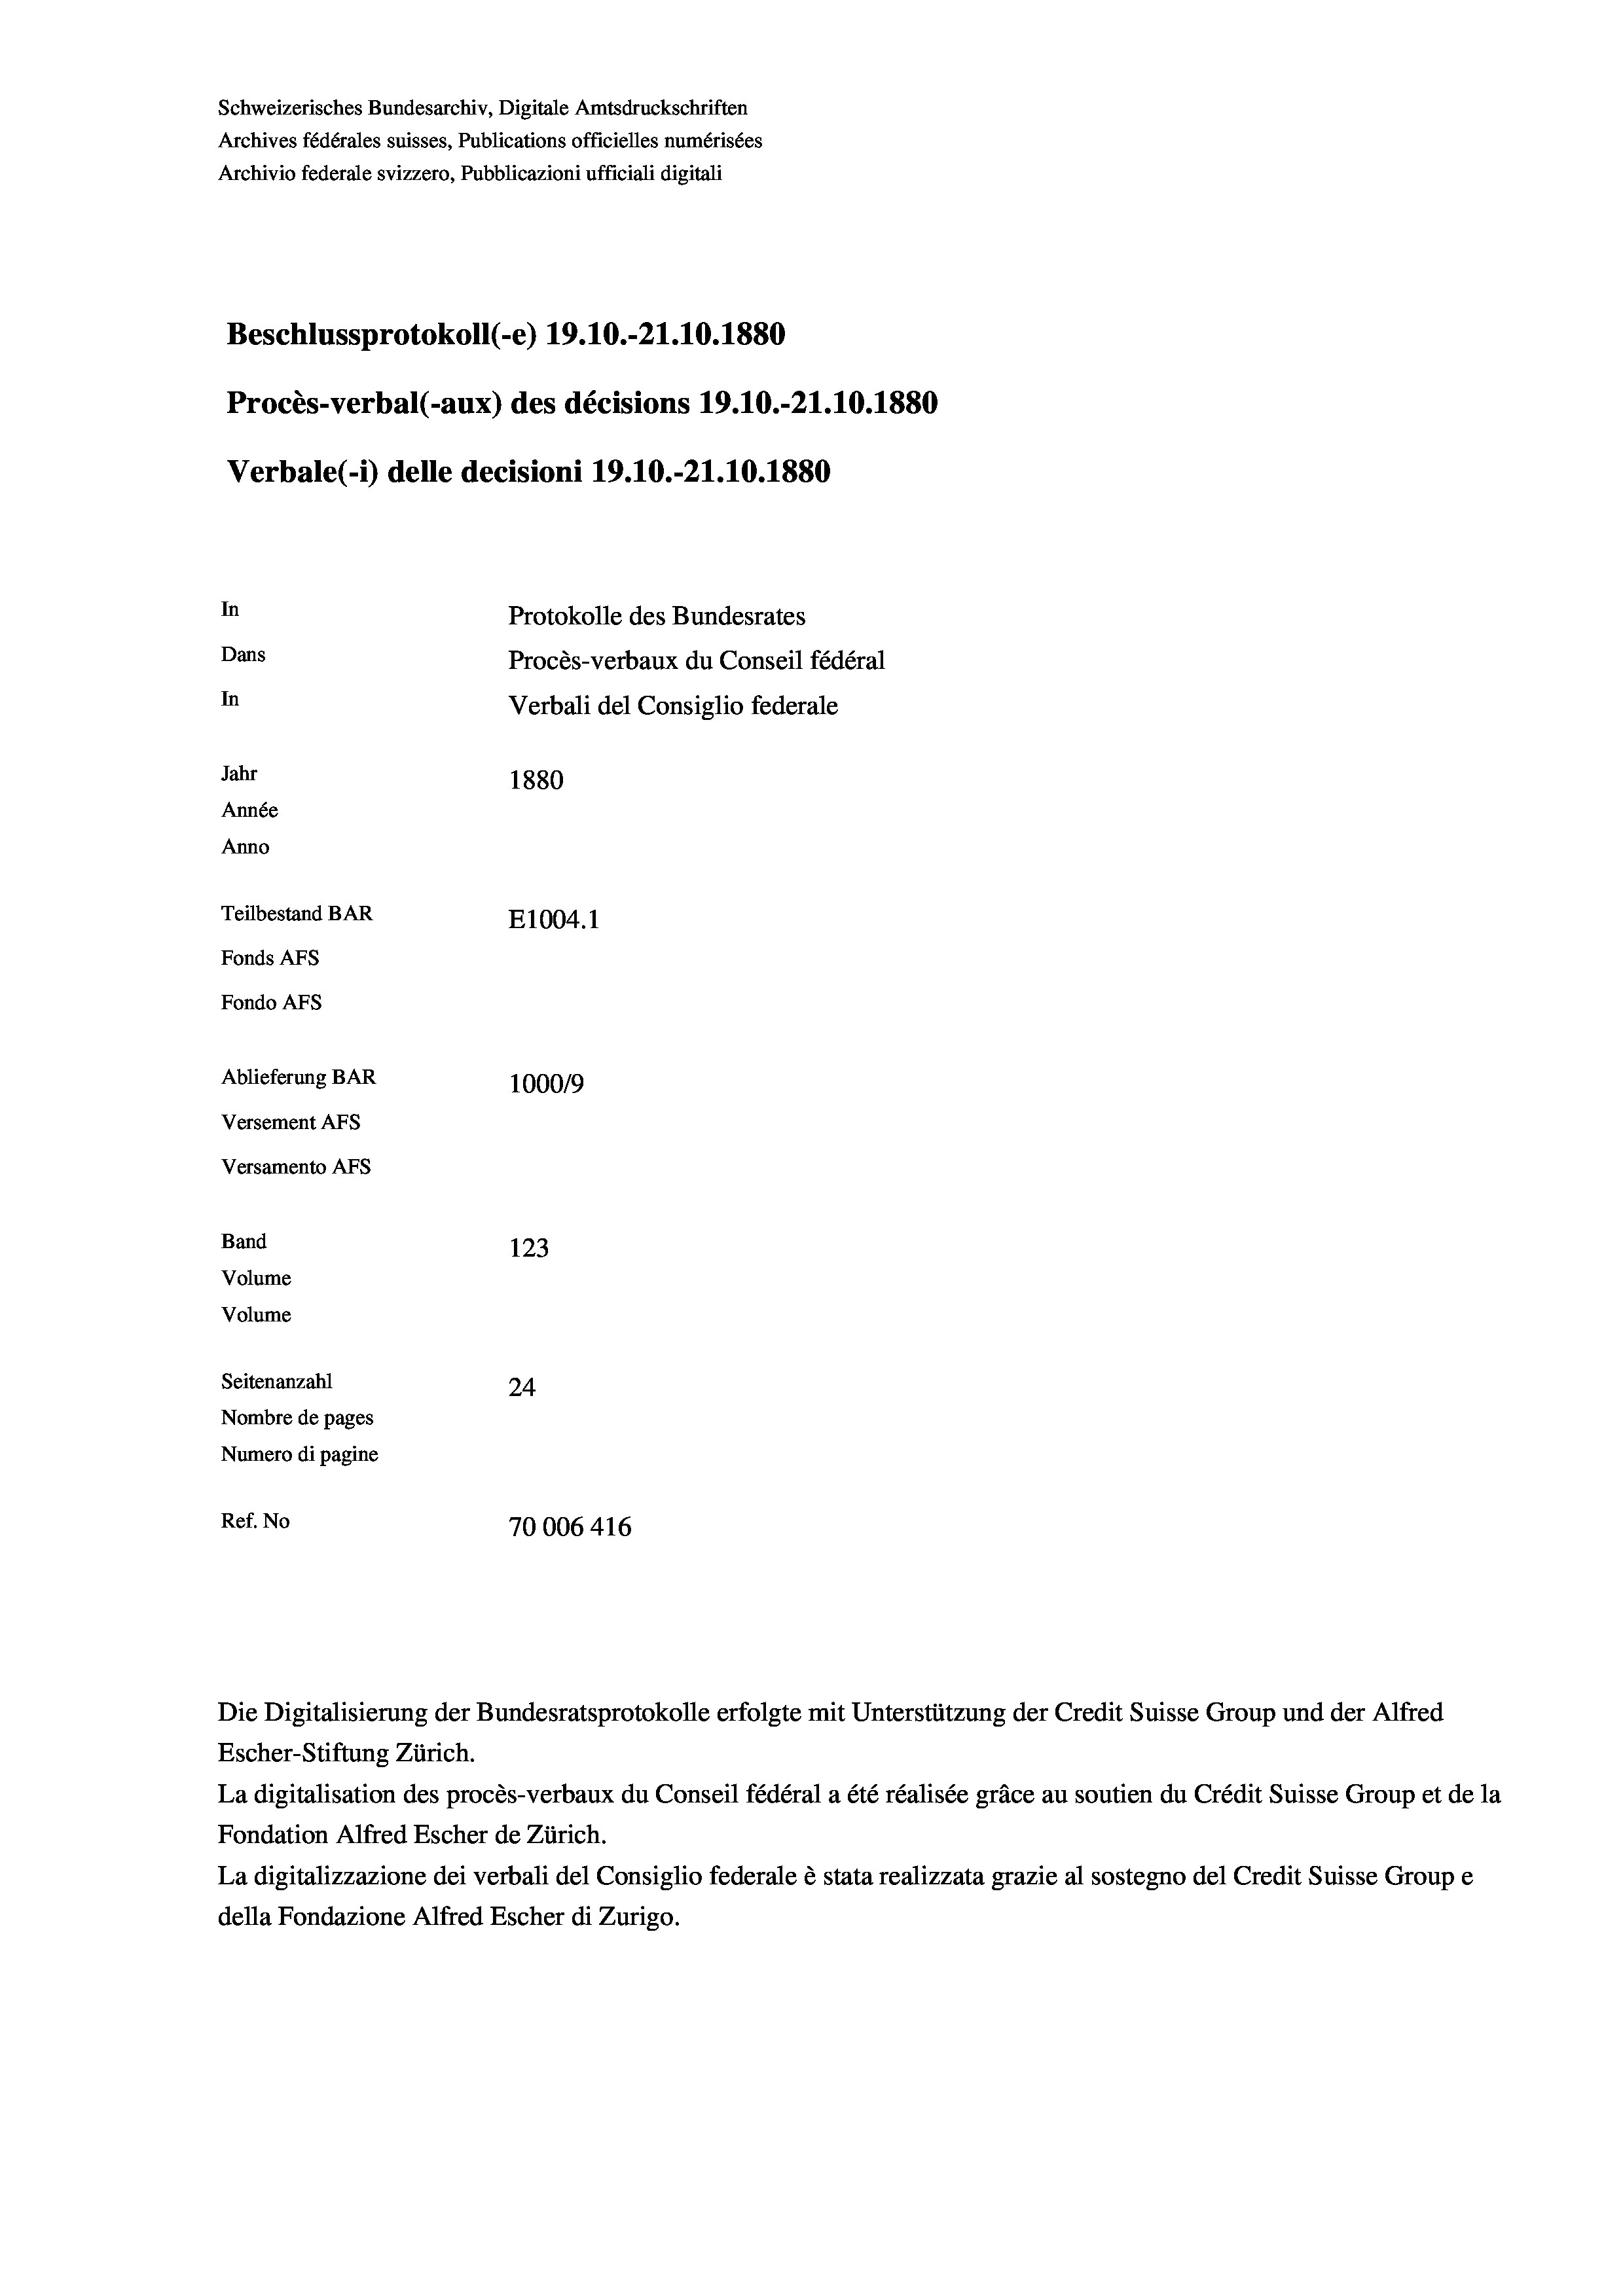
Schweizerisches Bundesarchiv, Digitale Amtsdruckschriften
Archives fédérales suisses, Publications officielles numérisées
Archivio federale svizzero, Pubblicazioni ufficiali digitali
Beschlussprotokoll (-e) 19.10.-21.10.1880
Procès-verbal (-aux) des décisions 19.10.-21.10.1880
Verbale(-*) delle decisioni 19.10.-21.10.1880
In
Protokolle des Bundesrates
Dans
Procès-verbaux du Conseil fédéral
In
Verbali del Consiglio federale
Jahr
1880
Année
Anno
Teilbestand BAR
E1004. 1
Fonds AFs
Fondo AFs
Ablieferung BAR
1000/9
Versement AFs
Versamento Afs
Band
123
Volume
Volume
Seitenanzahl
24
Nombre de pages
Numero di pagine
Ref. No
70006 416

Die Digitalisierung der Bundesratsprotokolle erfolgte mit Unterstützung der Credit Suisse Group und der Alfred
Escher-Stiftung Zürich.
La digitalisation des procès-verbaux du Conseil fédéral a été réalisée gräce au soutien du Crédit Suisse Group et de la
Fondation Alfred Escher de Zürich.
La digitalizzazione dei verbali del Consiglio federale è stata realizzata grazie al sostegno del Credit Suisse Groupe
della Fondazione Alfred Escher di Zurigo.